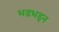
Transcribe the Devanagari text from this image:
भडभडून